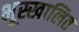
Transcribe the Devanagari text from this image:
भूस्खालित